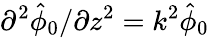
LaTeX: \partial^{2}\hat{\phi}_{0}/\partial z^{2}=k^{2}\hat{\phi}_{0}